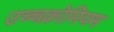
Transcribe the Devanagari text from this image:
उच्चक्रोमियम